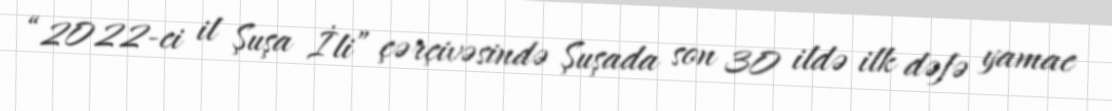
“2022-ci il Şuşa İli” çərçivəsində Şuşada son 30 ildə ilk dəfə yamac